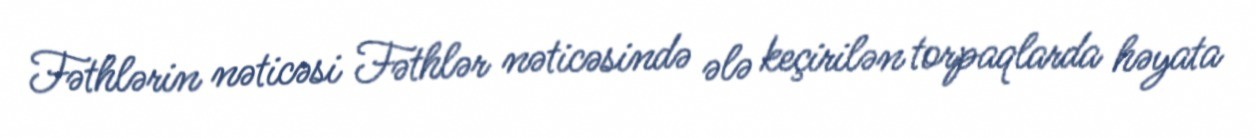
Fəthlərin nəticəsi Fəthlər nəticəsində ələ keçirilən torpaqlarda həyata